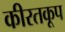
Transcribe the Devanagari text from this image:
कीरतकूप